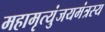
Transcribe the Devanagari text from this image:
महामृत्युंजयमंत्रस्य